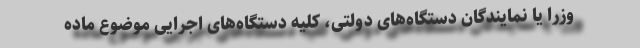
وزرا یا نمایندگان دستگاه‌های دولتی، کلیه دستگاه‌های اجرایی موضوع ماده